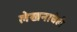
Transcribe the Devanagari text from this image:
लेखनाचेही